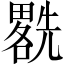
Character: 𱏯